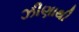
ઝીણાથી